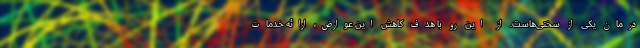
درمان یکی از سختی‌هاست. از این رو با هدف کاهش این عوارض، ارائه خدمات